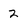
Character: 2